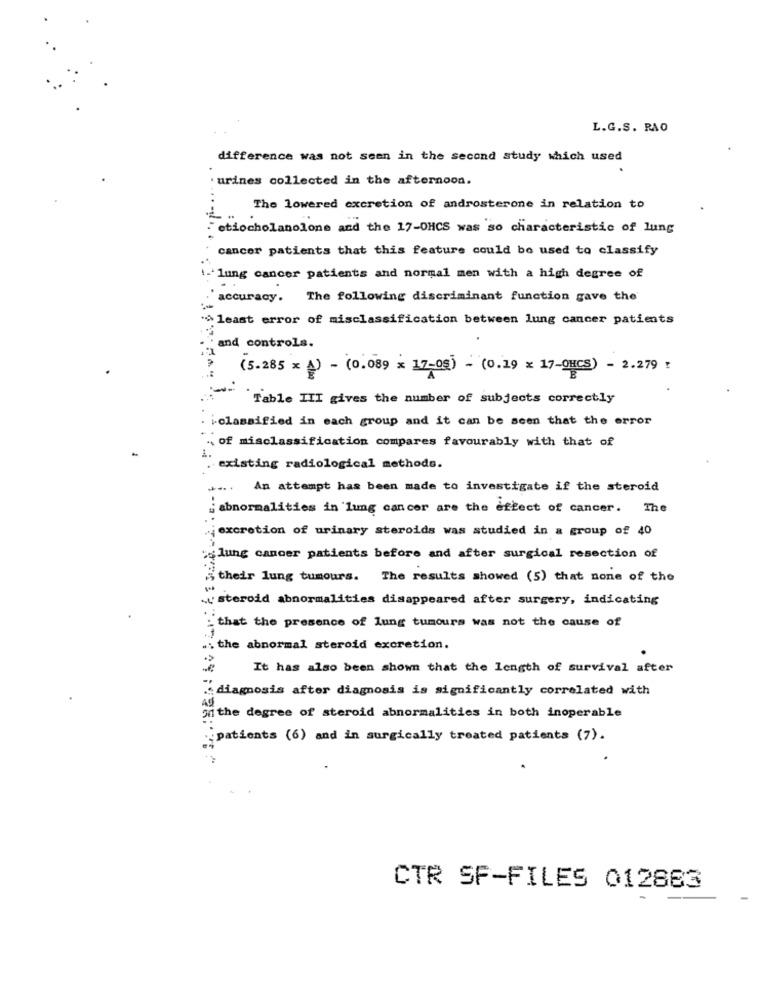
L.G.S. RAO
difference was not seen in the second study which used
urines collected in the afternoon.
The lowered excretion of androsterone in relation to
etiocholanolone and the 17-OHCS was so characteristic of lung
cancer patients that this feature could be used to classify
lung cancer patients and normal men with a high degree of
accuracy. The following discriminant function gave the'
>least error of misclassification between lung cancer patients
and controls.
(5.285 x 4) - (0.089 x 17-05) - (0.19 x 17-OHCS) - 2.279 :
Table III gives the number of subjects correctly
i-classified in each group and it can be seen that the error
of misclassification compares favourably with that of
existing radiological methods.
An attempt has been made to investigate if the steroid
abnormalities in lung cancer are the effect of cancer. The
excretion of urinary steroids was studied in a group of 40
:lung cancer patients before and after surgical resection of
their lung tumours. The results showed (5) that none of the
.u'steroid abnormalities disappeared after surgery, indicating
: that the presence of lung tumours was not the cause of
.1
.. the abnormal steroid excretion.
It has also been shown that the length of survival after
diagnosis after diagnosis is significantly correlated with
49
ithe degree of steroid abnormalities in both inoperable
patients (6) and in surgically treated patients (7).
CTR SF-FILES 012883